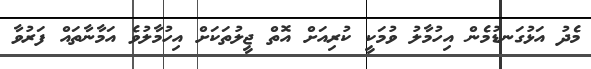
މެދު އަޅުގަނޑުމެން އިހުމާލު ވުމަކީ ކުރިއަށް އޮތް ޖީލުތަކަށް އިހުމާލުވެ އަމާނާތައް ފަރުވާ